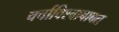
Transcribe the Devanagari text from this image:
चर्चाविश्वाबाबत